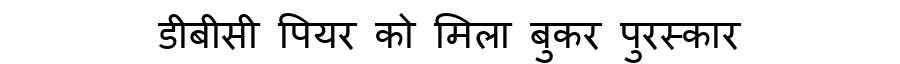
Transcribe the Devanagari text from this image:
डीबीसी पियर को मिला बुकर पुरस्कार